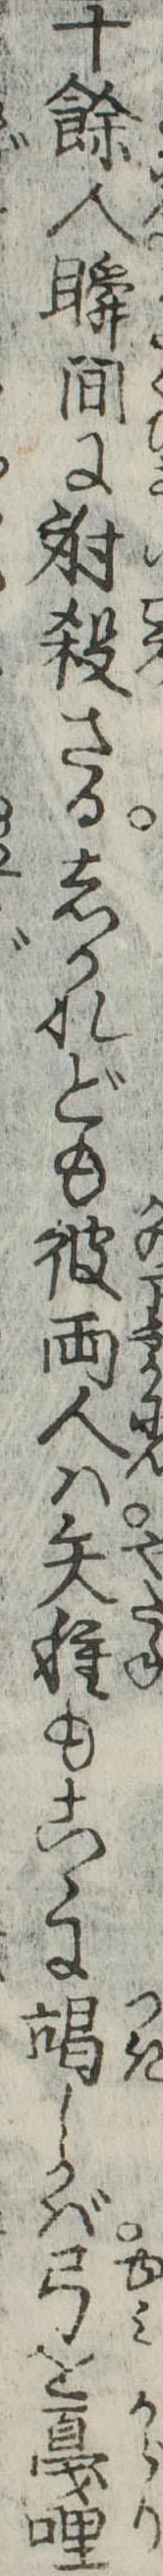
十余人瞬間に射殺さるしかれども彼両人は矢種もこゝに竭しかば弓を戛哩